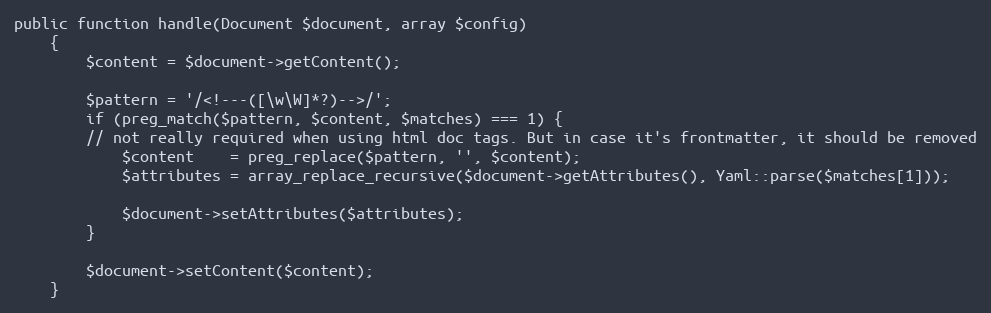
Language: PHP
public function handle(Document $document, array $config)
    {
        $content = $document->getContent();

        $pattern = '/<!---([\w\W]*?)-->/';
        if (preg_match($pattern, $content, $matches) === 1) {
        // not really required when using html doc tags. But in case it's frontmatter, it should be removed
            $content    = preg_replace($pattern, '', $content);
            $attributes = array_replace_recursive($document->getAttributes(), Yaml::parse($matches[1]));

            $document->setAttributes($attributes);
        }

        $document->setContent($content);
    }